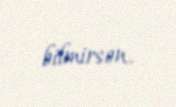
bilmirsən.